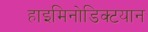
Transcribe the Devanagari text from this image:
हाइमिनोडिक्टयान